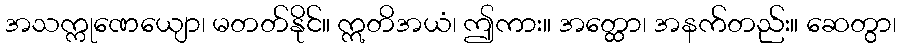
အသက္ကုဏေယျော၊ မတတ်နိုင်။ ဣတိအယံ၊ ဤကား။ အတ္ထော၊ အနက်တည်း။ ဆေတွာ၊